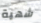
شهية